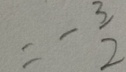
= - \frac { 3 } { 2 }